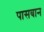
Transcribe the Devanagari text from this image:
पासबान